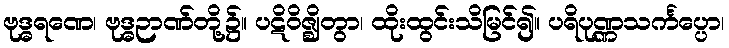
ဗုဒ္ဓရဏေ၊ ဗုဒ္ဓဉာဏ်တို့၌။ ပဋိဝိဇ္ဈိတွာ၊ ထိုးထွင်းသိမြင်၍။ ပရိပုဏ္ဏသင်္ကပ္ပော၊